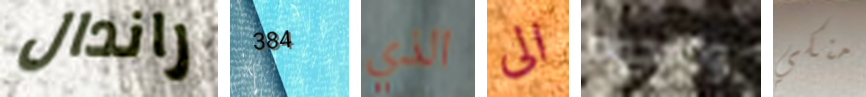
راندال 384 الذي الى والنجوم منكي